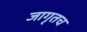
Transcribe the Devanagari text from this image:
जागृतच